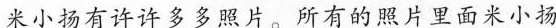
未小据有许许多多照片。所有的照片里米小杨